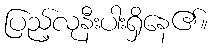
ပြည့်လုနီးပါးရှိနေ၏။